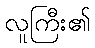
လူကြီး၏